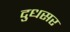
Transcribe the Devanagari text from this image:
दुधसर